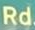
Rd